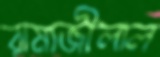
রামাজীলাল